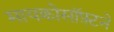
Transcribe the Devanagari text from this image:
मायक्रोसॉफ़्टने